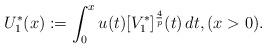
LaTeX: \begin{align*} U_1^*(x) : = \int_0^x u(t) [V_1^*]^{ \frac{4}{p}}(t) \,dt, (x > 0). \end{align*}